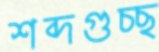
শব্দগুচ্ছ